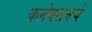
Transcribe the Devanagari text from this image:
कनेक्शनचे